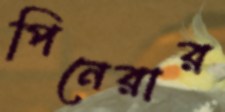
পিনেরার